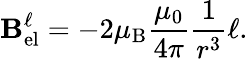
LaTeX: \mathbf{B}_{\mathrm{el}}^{\ell}=-2\mu_{\mathrm{B}}{\frac{\mu_{0}}{4\pi}}{\frac{1}{r^{3}}}\mathbf{\ell}.